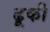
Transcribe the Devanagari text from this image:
ढूकी